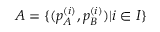
A = \{ ( p _ { A } ^ { ( i ) } , p _ { B } ^ { ( i ) } ) | i \in I \}